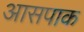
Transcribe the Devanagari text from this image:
आसपाक